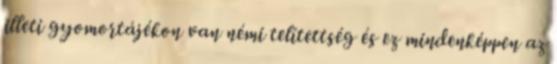
illeti gyomortájékon van némi telítettség és ez mindenképpen az